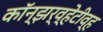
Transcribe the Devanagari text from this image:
कॉन्झर्व्हेटीव्ह